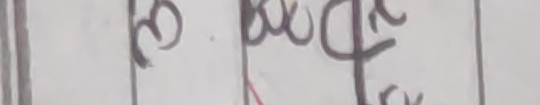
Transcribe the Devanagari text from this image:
रुखो यो